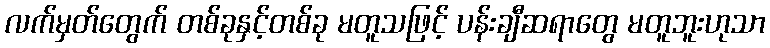
လက်မှတ်တွေက် တစ်ခုနှင့်တစ်ခု မတူသဖြင့် ပန်းချီဆရာတွေ မတူဘူးဟုသာ